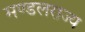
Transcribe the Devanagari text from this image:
मण्डलराज्य